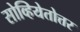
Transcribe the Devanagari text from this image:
सोव्हियेतोत्तर